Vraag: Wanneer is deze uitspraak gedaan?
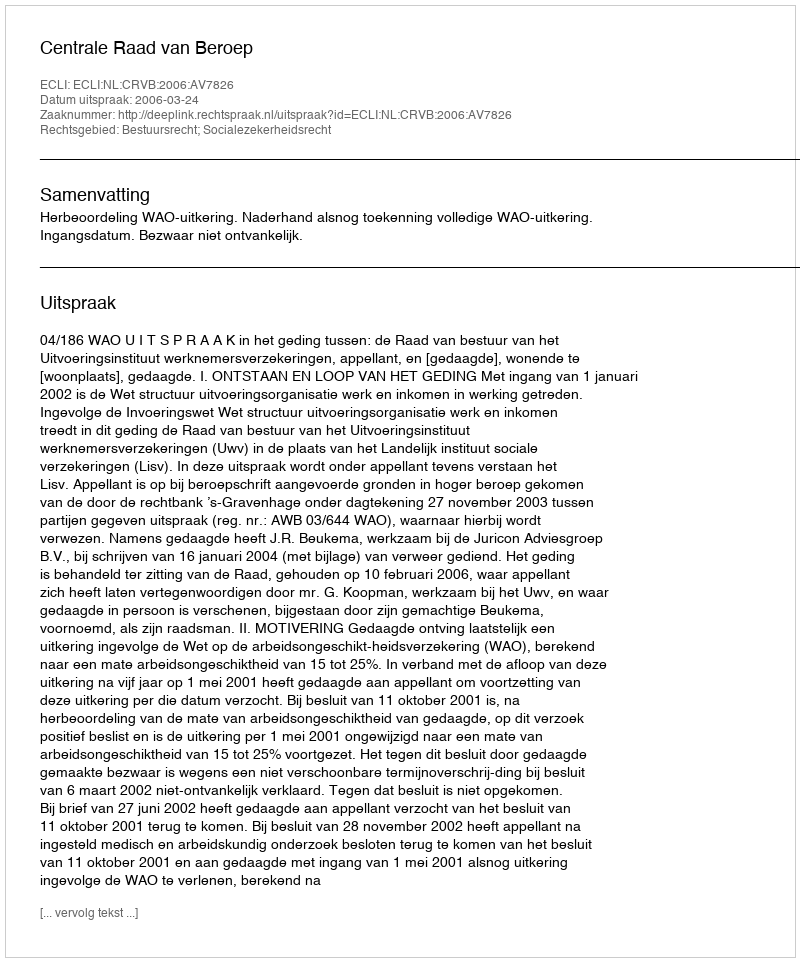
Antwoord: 2006-03-24